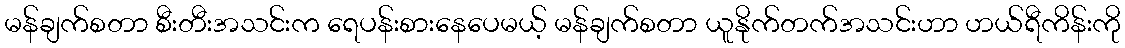
မန်ချက်စတာ စီးတီးအသင်းက ရေပန်းစားနေပေမယ့် မန်ချက်စတာ ယူနိုက်တက်အသင်းဟာ ဟယ်ရီကိန်းကို